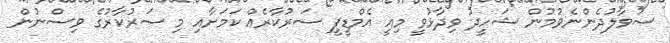
ސުވާލުދެންނެވުމުން ޝަހީދު ވިދާޅުވީ މިއީ އެމްޑީޕީ ސަރުކާރެއް ކަމަށާއި މި ސަރުކާރުގެ ވިސްނުން